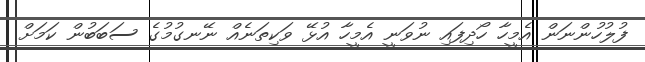
ފުލުހުންނަން އެމީހާ ހޯދިފައި ނުވަނީ އެމީހާ އުޅޭ ވަކިތަނެއް ނޭނގުމުގެ ސަބަބުން ކަމަށް